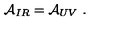
{ \cal A } _ { I R } = { \cal A } _ { U V } \ .